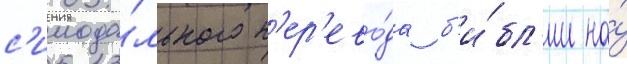
с'инода́льного п'ер'ево́да б'и́бл'ии на́